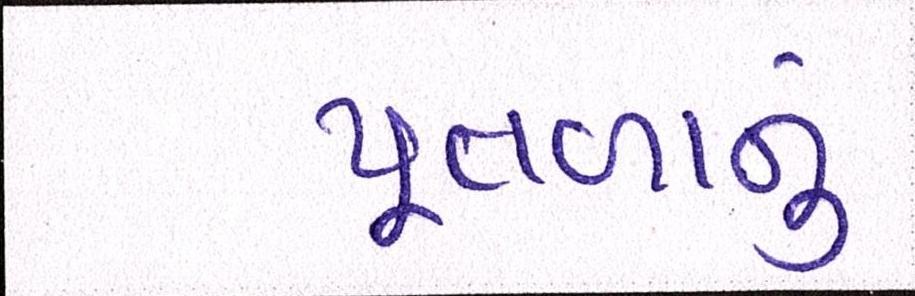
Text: પુતળાનું